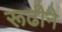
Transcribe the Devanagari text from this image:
रूढीने